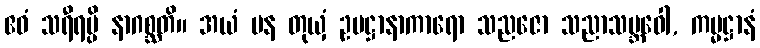
ဧဝံ သရီရမ္ပိ နာဂစ္ဆတိ။ အယံ ပန တုယှံ ဥပဋ္ဌာနာကာရော သညဇော သညာသမ္ဘဝေါ, ကမ္မဋ္ဌာနံ